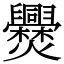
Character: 㸑